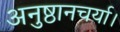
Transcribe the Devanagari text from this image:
अनुष्ठानचर्या।